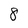
Character: 8